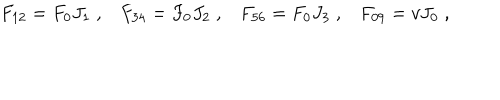
LaTeX: F _ { 1 2 } = F _ { 0 } J _ { 1 } \; , F _ { 3 4 } = F _ { 0 } J _ { 2 } \; , F _ { 5 6 } = F _ { 0 } J _ { 3 } \; , F _ { 0 9 } = v J _ { 0 } \; ,